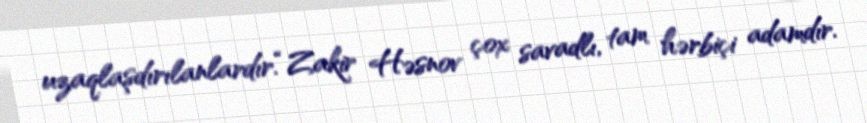
uzaqlaşdırılanlardır.“Zakir Həsnov çox savadlı, tam hərbiçi adamdır.